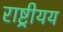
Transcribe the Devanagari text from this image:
राष्ट्रीयय